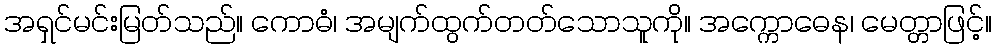
အရှင်မင်းမြတ်သည်။ ကောဓံ၊ အမျက်ထွက်တတ်သောသူကို။ အက္ကောဓေန၊ မေတ္တာဖြင့်။